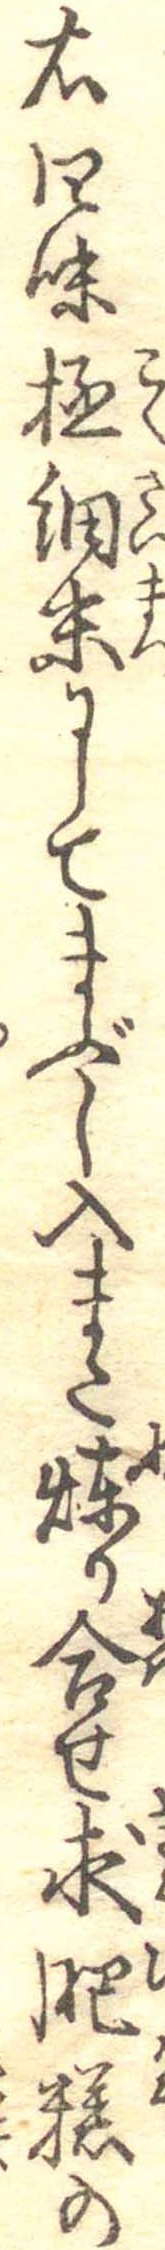
右四味極細末にしてまぶし入また練り合せ求肥糕の